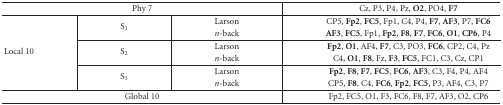
| <COLSPAN=3> Phy 7 | Cz, P3, P4, Pz, O2 , PO4, F7 |
 | --- | --- | --- | --- |
 | <ROWSPAN=8> Local 10 | <ROWSPAN=2> S1 | Larson | CP5, Fp2 , FC5 , Fp1, C4, P4, F7 , AF3 , P7, FC6 |
 | n -back | AF3 , FC5 , Fp1, Fp2 , F8 , F7 , FC6 , O1 , CP6 , P4 |
 | <ROWSPAN=2> S2 | Larson | Fp2 , O1 , AF4, F7 , C3, PO3, FC6 , CP2, C4, Pz |
 | n -back | C4, O1 , F8 , Fz, F3 , FC5 , FC1, C3, Cz, CP1 |
 | <ROWSPAN=2> S3 | Larson | Fp2, F8, F7, FC5, FC6, AF3, C3, F4, P4, AF4 |
 | n -back | CP5, F8 , C4, FC6 , Fp2 , FC5 ,P3, AF4, C3, P7 |
 | <COLSPAN=3> Global 10 | Fp2, FC5, O1, F3, FC6, F8, F7, AF3, O2, CP6 |